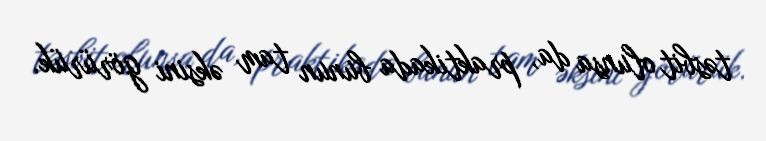
təsbit olunsa da, praktikada bunun tam əksini görürük.